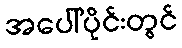
အပေါ်ပိုင်းတွင်